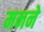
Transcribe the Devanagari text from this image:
मनने